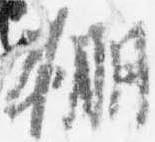
棚